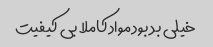
خیلی بد بود مواد کاملا بی کیفیت